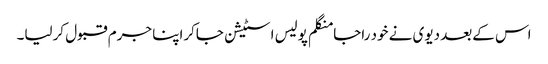
اس کےبعد دیوی نے خود راجا منگلم پولیس اسٹیشن جاکراپنا جرم قبول کرلیا۔